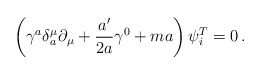
\begin{align*}\left(\gamma ^a \delta _a^\mu\partial _\mu + \frac{ a'}{2a}\gamma^0 + ma \right)\psi_i^T=0 \,.\end{align*}